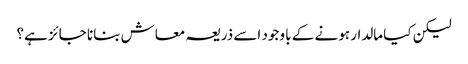
لیکن کیا مالدار ہونے کے با وجود اسے ذریعہ معاش بنانا جائز ہے؟